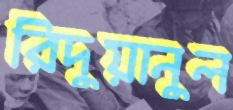
রিদুয়ানুল